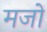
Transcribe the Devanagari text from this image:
मजों